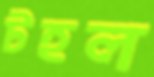
টহল